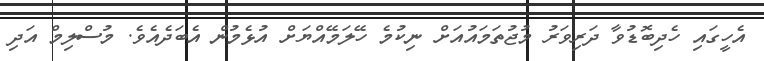
އެހީގައި ހެދިބޮޑުވާ ދަރިވަރު މުޖުތަމައުއަށް ނިކުމެ ހޭލަމޭއްޔަށް އުޅެމުން އެބަދެއެވެ. މުސްލިމް އަދި